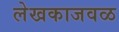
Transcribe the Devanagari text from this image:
लेखकाजवळ